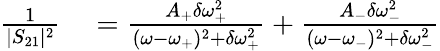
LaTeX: \begin{array}{rl}{\frac{1}{|S_{21}|^{2}}}&{{}=\frac{A_{+}\delta\omega_{+}^{2}}{(\omega-\omega_{+})^{2}+\delta\omega_{+}^{2}}+\frac{A_{-}\delta\omega_{-}^{2}}{(\omega-\omega_{-})^{2}+\delta\omega_{-}^{2}}}\end{array}